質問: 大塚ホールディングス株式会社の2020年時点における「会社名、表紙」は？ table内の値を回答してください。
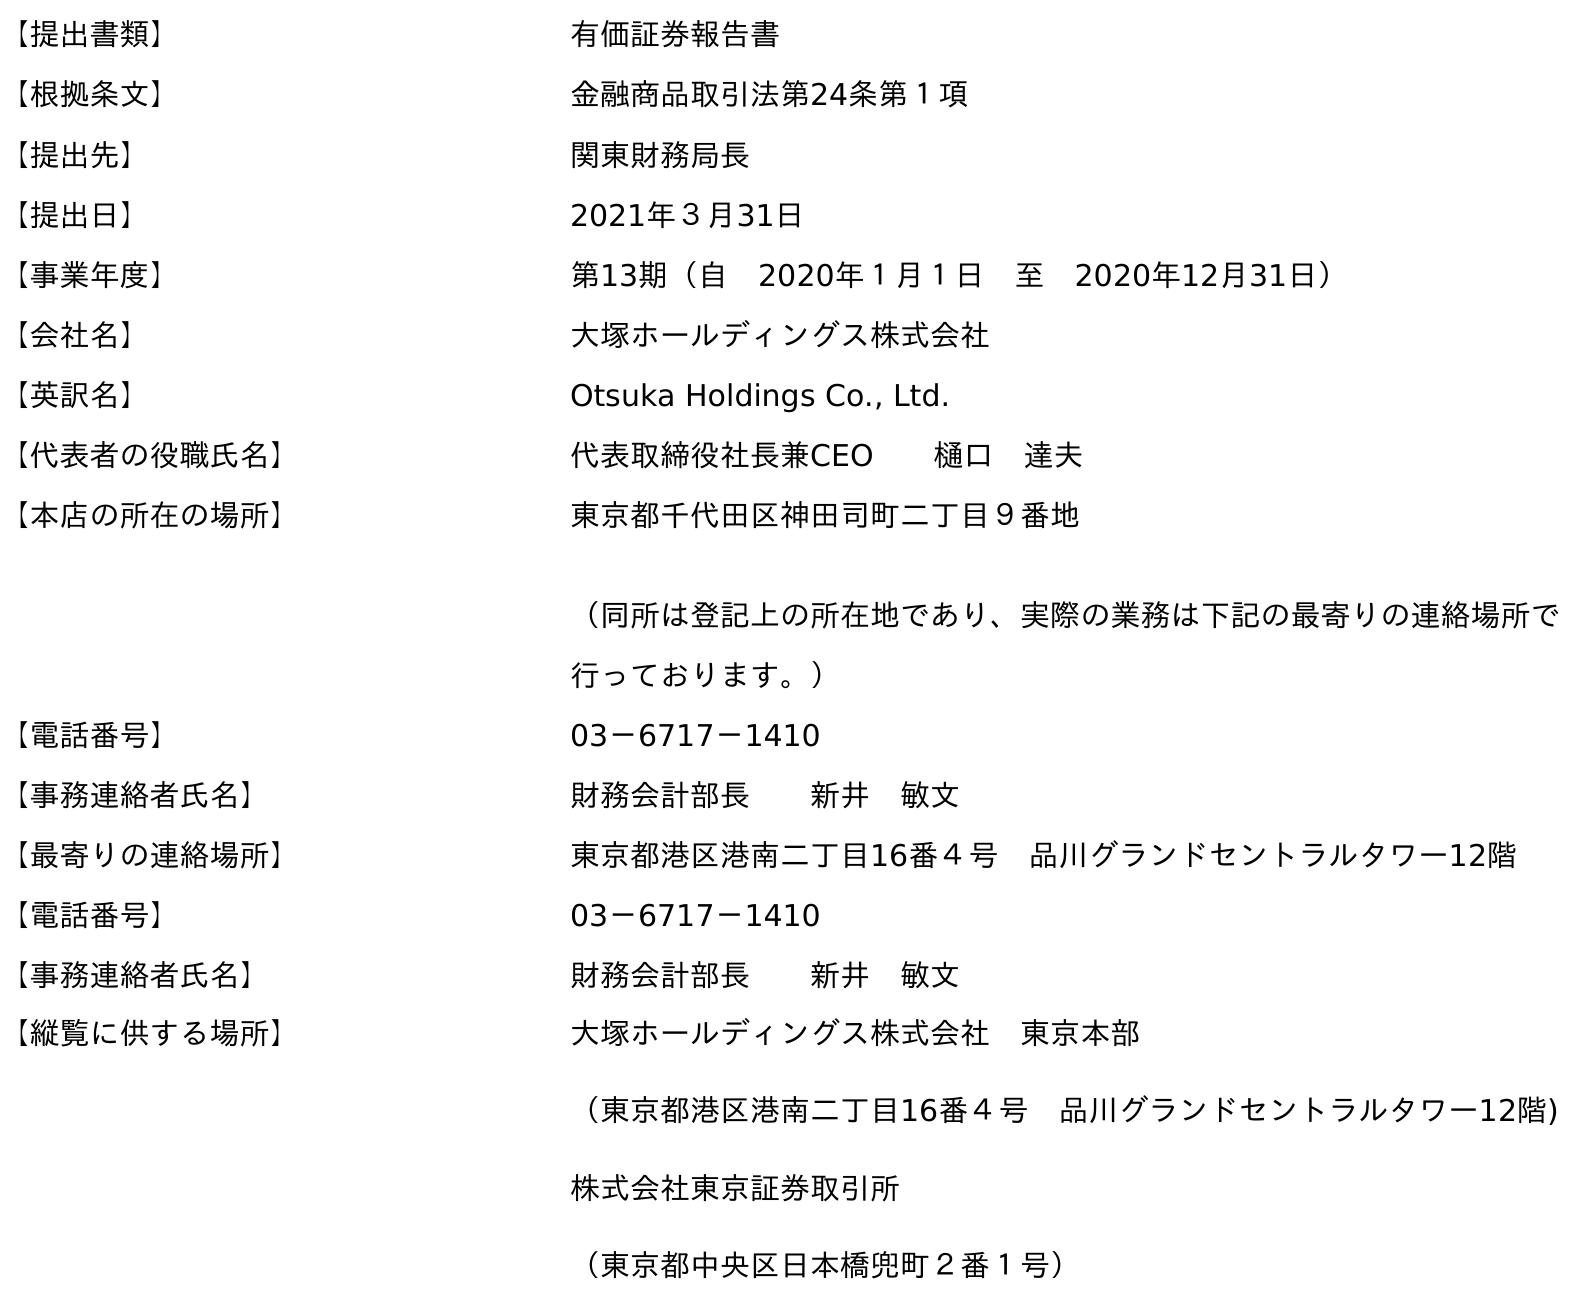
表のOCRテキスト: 【提出書類】 有価証券報告書 【根拠条文】 金融商品取引法第24条第１項 【提出先】 関東財務局長 【提出日】 2021年３月31日 【事業年度】 第13期（自 2020年１月１日 至 2020年12月31日） 【会社名】 大塚ホールディングス株式会社 【英訳名】 Otsuka Holdings Co., Ltd. 【代表者の役職氏名】 代表取締役社長兼CEO  樋口 達夫 【本店の所在の場所】 東京都千代田区神田司町二丁目９番地 （同所は登記上の所在地であり、実際の業務は下記の最寄りの連絡場所で 行っております。） 【電話番号】 03－6717－1410 【事務連絡者氏名】 財務会計部長  新井 敏文 【最寄りの連絡場所】 東京都港区港南二丁目16番４号 品川グランドセントラルタワー12階 【電話番号】 03－6717－1410 【事務連絡者氏名】 財務会計部長  新井 敏文 【縦覧に供する場所】 大塚ホールディングス株式会社 東京本部 （東京都港区港南二丁目16番４号 品川グランドセントラルタワー12階) 株式会社東京証券取引所 （東京都中央区日本橋兜町２番１号）
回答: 大塚ホールディングス株式会社